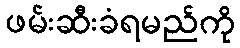
ဖမ်းဆီးခံရမည်ကို